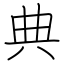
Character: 典